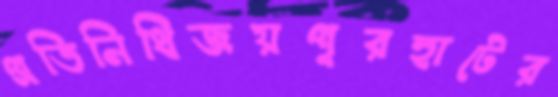
প্রতিনিধিজয়পুরহাটের